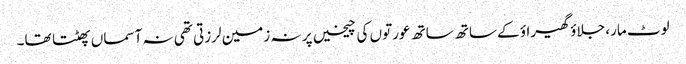
لوٹ مار، جلاؤ گھیراؤ کے ساتھ ساتھ عورتوں کی چیخیں پر نہ زمین لرزتی تھی نہ آسماں پھٹتا تھا۔